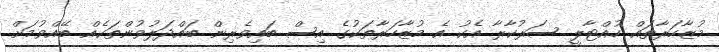
މުޒާހަރާތައް ހުއްޓާލީ ސަރުކާރާ އެކު އެ މުޒާހަރާތަކުގެ އިސް ބައިވެރިން ބައްދަލުވުންތަކެއް ބޭއްވުމަށް